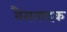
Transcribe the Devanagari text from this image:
बैसवादक